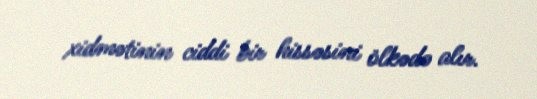
xidmətinin ciddi bir hissəsini ölkədə alır.